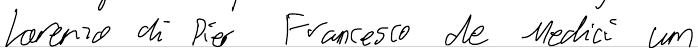
Lorenzo di Pier Francesco de Medici um